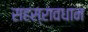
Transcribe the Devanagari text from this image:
सहस्रावधान